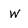
Character: w